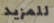
للمزيد